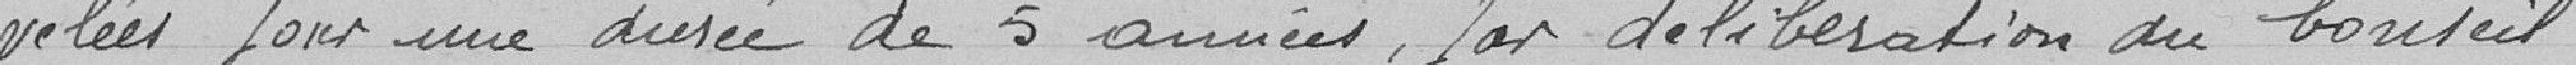
velées pour une durée de 5 années par délibération du Conseil